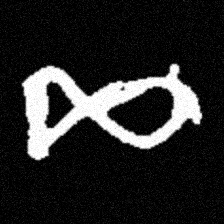
Pyu character \u2014 Myanmar letter: ဆ (romanized: cha)